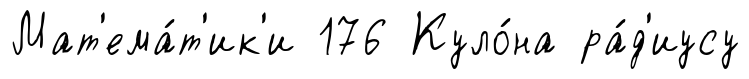
Мат'ема́т'ик'и 176 Куло́на ра́д'иусу